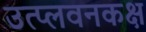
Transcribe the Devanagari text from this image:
उत्प्लवनकक्ष